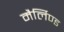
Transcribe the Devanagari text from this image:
मैर्लिण्ड